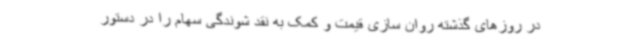
در روزهای گذشته روان سازی قیمت و کمک به نقد شوندگی سهام را در دستور